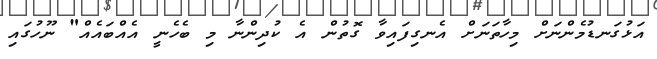
އަޅުގަނޑުމެންނަށް މިހާތަނަށް އެނގިފައިވާ ގޮތުން އެ ކުދިންނާ މި ބެހެނީ އެއްބައެއް" ނޫހުގައި